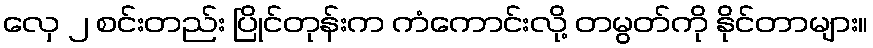
လှေ ၂ စင်းတည်း ပြိုင်တုန်းက ကံကောင်းလို့ တမွတ်ကို နိုင်တာများ။